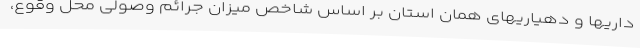
داریها و دهیاریهای همان استان بر اساس شاخص میزان جرائم وصولی محل وقوع،